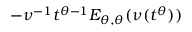
- \nu ^ { - 1 } t ^ { \theta - 1 } E _ { \theta , \theta } ( \nu ( t ^ { \theta } ) )